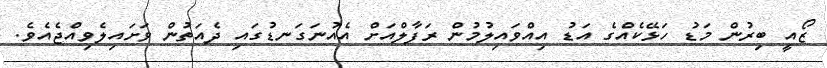
ޒޯއީ ބިރުން މަޑު ހަޅޭކެއްގެ އަޑު އިއްވައިލުމުން ރަފާލްއަށް އެއުނަގަނޑުގައި ދެއަތުން ވަށައިލެވިއްޖެއެވެ.